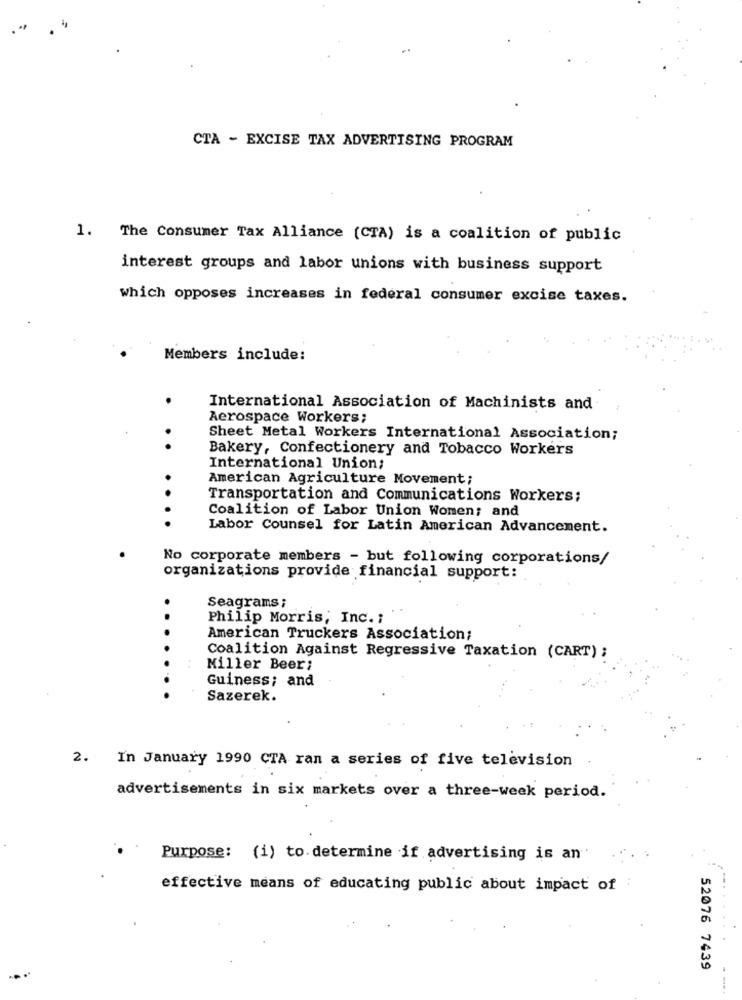
CTA - EXCISE TAX ADVERTISING PROGRAM
1. The Consumer Tax Alliance (CTA) is a coalition of public
interest groups and labor unions with business support
which opposes increases in federal consumer excise taxes.
Members include:
International Association of Machinists and
Aerospace Workers;
Sheet Metal Workers International Association;
Bakery, Confectionery and Tobacco Workers
International Union;
.
American Agriculture Movement;
Transportation and Communications Workers;
Coalition of Labor Union Women; and
Labor Counsel for Latin American Advancement.
No corporate members - but following corporations/
organizations provide financial support:
Seagrams ;
Philip Morris, Inc. ;
American Truckers Association;
Coalition Against Regressive Taxation (CART) ;
Miller Beer;
Guiness; and
Sazerek.
2. In January 1990 CTA ran a series of five television
advertisements in six markets over a three-week period.
Purpose: (i) to determine if advertising is an
effective means of educating public about impact of
52076 7439